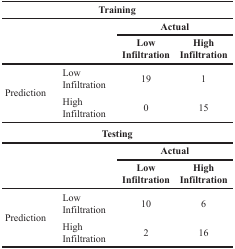
<table><thead><tr><td colspan="4"><b>Training</b></td></tr><tr><td rowspan="2"></td><td rowspan="2"></td><td colspan="2"><b>Actual</b></td></tr><tr><td><b>Low Infiltration</b></td><td><b>High Infiltration</b></td></tr></thead><tbody><tr><td rowspan="2">Prediction</td><td>Low Infiltration</td><td>19</td><td>1</td></tr><tr><td>High Infiltration</td><td>0</td><td>15</td></tr><tr><td colspan="4"><b>Testing</b></td></tr><tr><td rowspan="2"></td><td rowspan="2"></td><td colspan="2"><b>Actual</b></td></tr><tr><td><b>Low Infiltration</b></td><td><b>High Infiltration</b></td></tr><tr><td rowspan="2">Prediction</td><td>Low Infiltration</td><td>10</td><td>6</td></tr><tr><td>High Infiltration</td><td>2</td><td>16</td></tr></tbody></table>